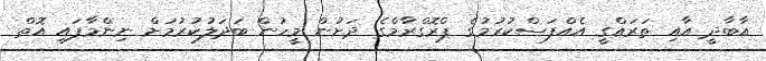
އާބާދީ އާއި ތަރައްގީ އެއްފަސްކުރުމުގެ ޕްރޮގްރާމްގެ ދަށުން މީހުން ބަދަލުކުރުމަށް ނިންމާފައި އޮތް